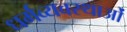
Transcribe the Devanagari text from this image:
धर्मव्यवस्थाओं